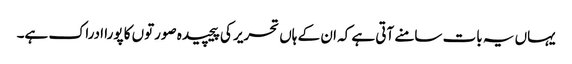
یہاں یہ بات سامنے آتی ہے کہ ان کے ہاں تحریر کی پیچیدہ صورتوں کا پورا ادراک ہے۔